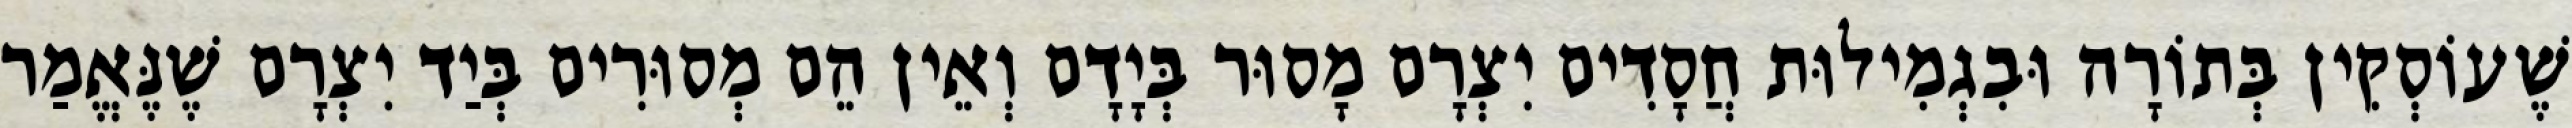
שֶׁעוֹסְקִין בְּתוֹרָה וּבִגְמִילוּת חֲסָדִים יִצְרָם מָסוּר בְּיָדָם וְאֵין הֵם מְסוּרִים בְּיַד יִצְרָם שֶׁנֶּאֱמַר